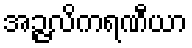
အဉ္ဇလိကရဏီယာ